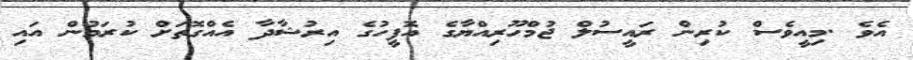
އެވެ .މިއީވެސް ކުރިން ރައީސުލް ޖުމްހޫރިއްޔާގެ އޮފީހުގެ އިރުޝާދާ އެއްގޮތަށް ކުރަމުން އައި